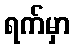
ရက်မှာ